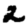
Digit: 2